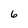
Character: 6